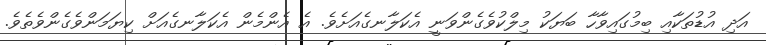
އަދި އުޑުތަކާއި ބިމުގައިވާހާ ބަޔަކު މިލްކުވެގެންވަނީ އެކަލާނގެއަށެވެ. އެ އެންމެން އެކަލާނގެއަށް ކިޔަމަންވެގެންވެތެވެ.